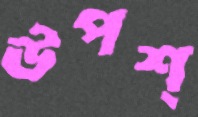
উপশ্